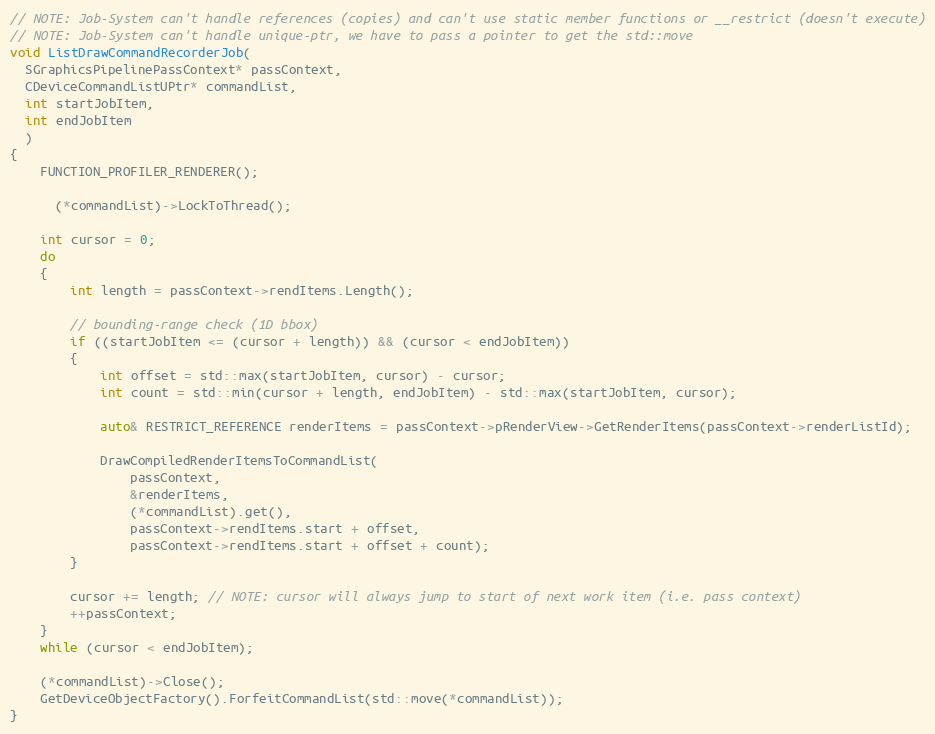
Language: C++
// NOTE: Job-System can't handle references (copies) and can't use static member functions or __restrict (doesn't execute)
// NOTE: Job-System can't handle unique-ptr, we have to pass a pointer to get the std::move
void ListDrawCommandRecorderJob(
  SGraphicsPipelinePassContext* passContext,
  CDeviceCommandListUPtr* commandList,
  int startJobItem,
  int endJobItem
  )
{
	FUNCTION_PROFILER_RENDERER();

	  (*commandList)->LockToThread();

	int cursor = 0;
	do
	{
		int length = passContext->rendItems.Length();

		// bounding-range check (1D bbox)
		if ((startJobItem <= (cursor + length)) && (cursor < endJobItem))
		{
			int offset = std::max(startJobItem, cursor) - cursor;
			int count = std::min(cursor + length, endJobItem) - std::max(startJobItem, cursor);

			auto& RESTRICT_REFERENCE renderItems = passContext->pRenderView->GetRenderItems(passContext->renderListId);

			DrawCompiledRenderItemsToCommandList(
				passContext,
				&renderItems,
				(*commandList).get(),
				passContext->rendItems.start + offset,
				passContext->rendItems.start + offset + count);
		}

		cursor += length; // NOTE: cursor will always jump to start of next work item (i.e. pass context)
		++passContext;
	}
	while (cursor < endJobItem);

	(*commandList)->Close();
	GetDeviceObjectFactory().ForfeitCommandList(std::move(*commandList));
}